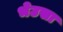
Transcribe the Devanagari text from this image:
भेउसा